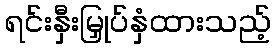
ရင်းနှီးမြှုပ်နှံထားသည့်